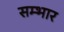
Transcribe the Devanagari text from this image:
सम्भार